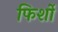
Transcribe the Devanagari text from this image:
फिर्शो